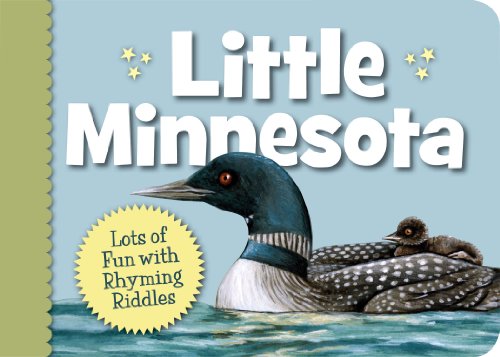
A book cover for Little Minnesota (Little State); Kathy-jo Wargin; Children's Books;